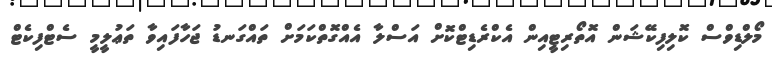
މޯލްޑިވްސް ކޮލިފިކޭޝަން އޮތޯރިޓީއިން އެކްރެޑިޓްކޮށް އަސްލާ އެއްގޮތްކަމަށް ތައްގަނޑު ޖަހާފައިވާ ތަޢުލީމީ ސެޓްފިކެޓް